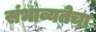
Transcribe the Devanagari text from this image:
संभाव्यतेचा